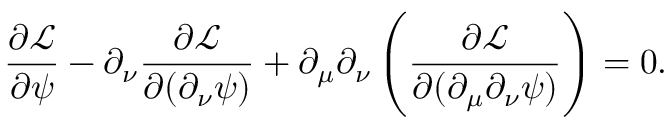
\frac { \partial \mathcal { L } } { \partial \psi } - \partial _ { \nu } \frac { \partial \mathcal { L } } { \partial ( \partial _ { \nu } \psi ) } + \partial _ { \mu } \partial _ { \nu } \left( \frac { \partial \mathcal { L } } { \partial ( \partial _ { \mu } \partial _ { \nu } \psi ) } \right) = 0 .